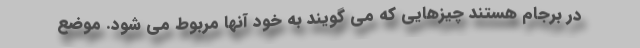
در برجام هستند چیزهایی که می گویند به خود آنها مربوط می شود. موضع